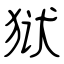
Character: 狱